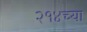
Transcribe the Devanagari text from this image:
२१४च्या